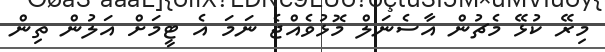
މިރޭ ކުޅޭ މެޗުން އާސެނަލް މޮޅުވެއްޖެ ނަމަ އެ ޓީމަށް އަލުން ތިން